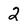
Character: 2